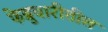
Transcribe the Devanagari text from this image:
फेब्रुवारीतील